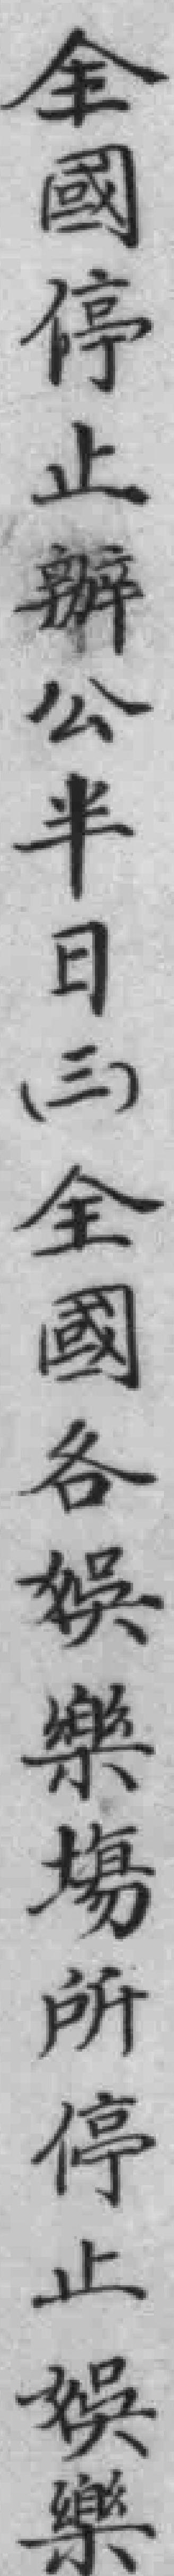
全國停止辦公半日（三）全國各娛樂場所停止娛樂